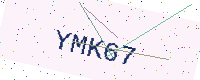
Text: YMK67